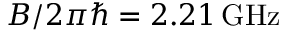
B / 2 \pi \hbar = 2 . 2 1 \, \mathrm { G H z }